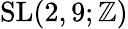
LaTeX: \operatorname{SL}(2,9;\mathbb{Z})